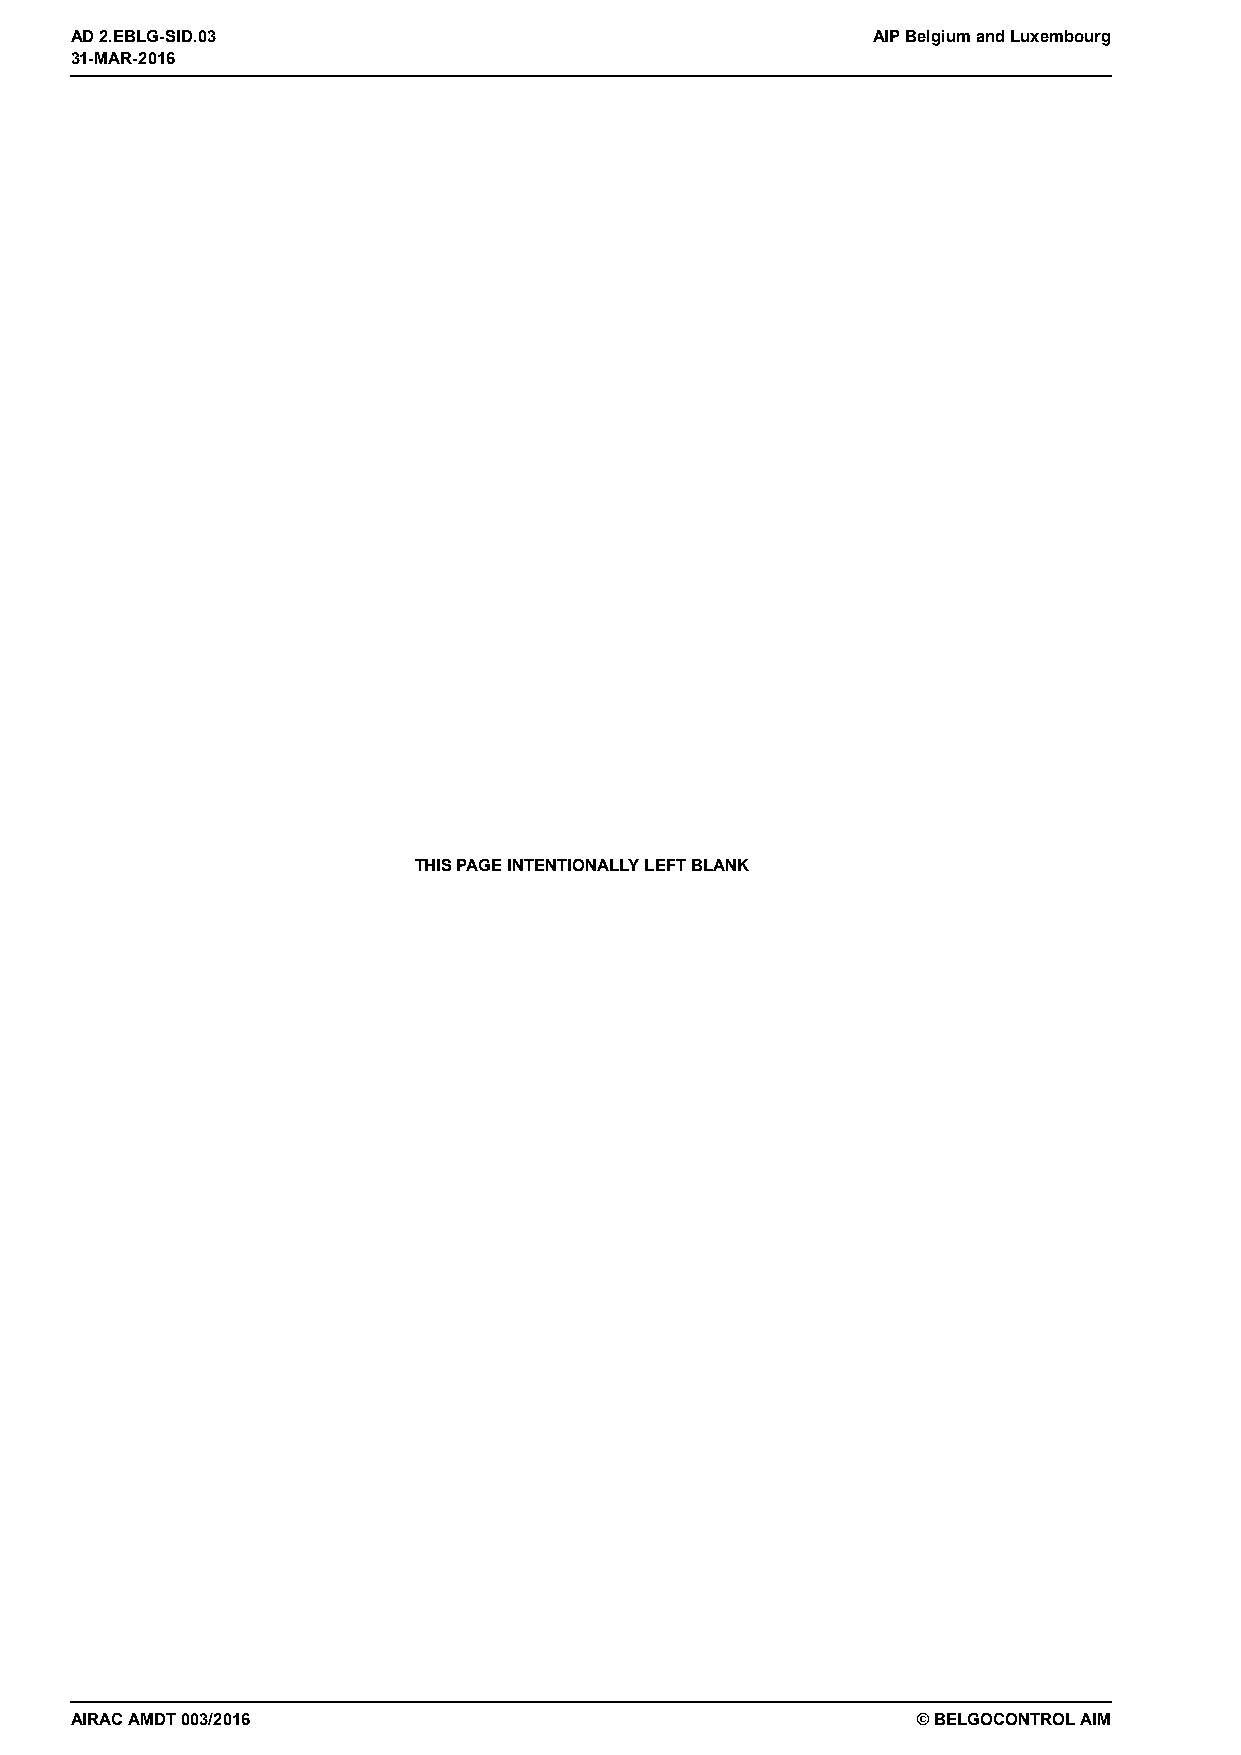
31-MAR-2016
 AD 2.EBLG-SID.03                                     AIP Belgium and Luxembourg
 31-MAR-2016
 THIS PAGE INTENTIONALLY LEFT BLANK
 AIRAC AMDT 003/2016                                     © BELGOCONTROL AIM